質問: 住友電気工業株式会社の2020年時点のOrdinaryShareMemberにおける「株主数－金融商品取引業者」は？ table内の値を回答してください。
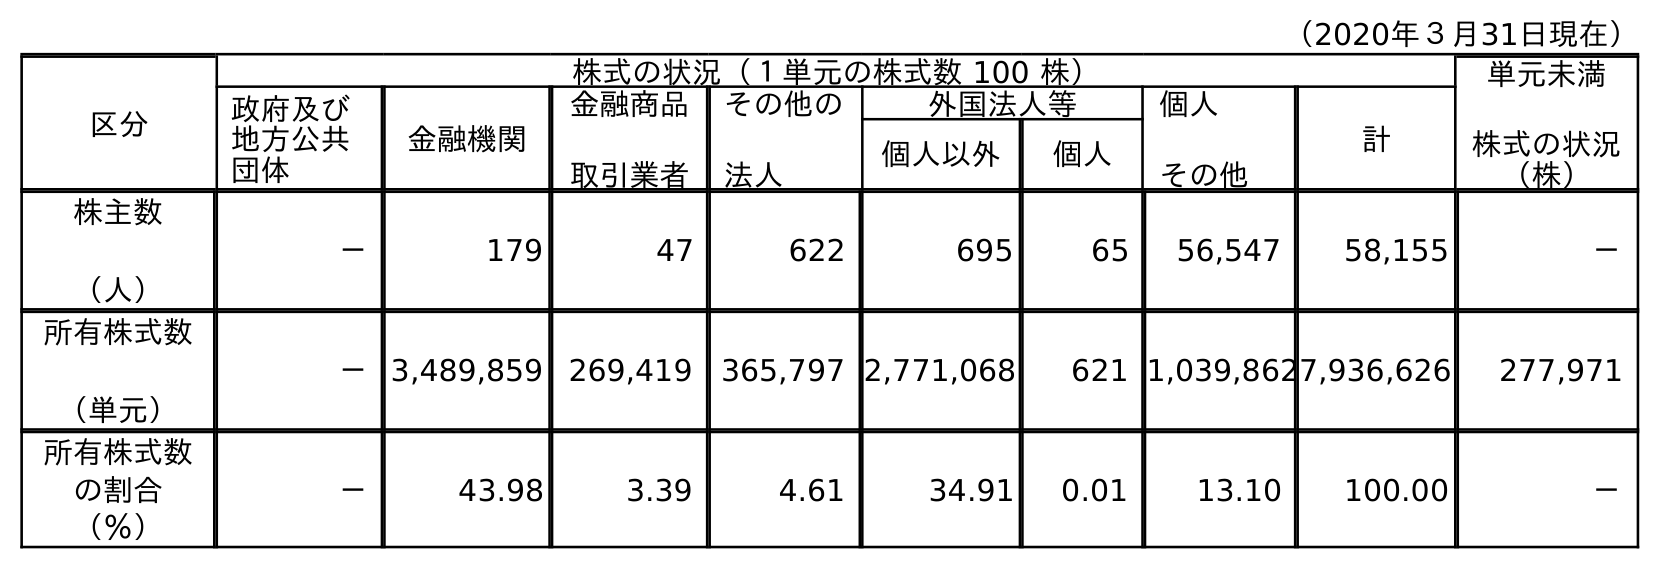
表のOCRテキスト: （2020年３月31日現在） 区分 株式の状況（１単元の株式数 100 株） 単元未満 株式の状況 （株） 政府及び 地方公共 団体 金融機関 金融商品 取引業者 その他の 法人 外国法人等 個人 その他 計 個人以外 個人 株主数 （人） － 179 47 622 695 65 56,547 58,155 － 所有株式数 （単元） －3,489,859 269,419 365,797 2,771,068 621 1,039,8627,936,626 277,971 所有株式数 の割合 （％） － 43.98 3.39 4.61 34.91 0.01 13.10 100.00 －
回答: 47